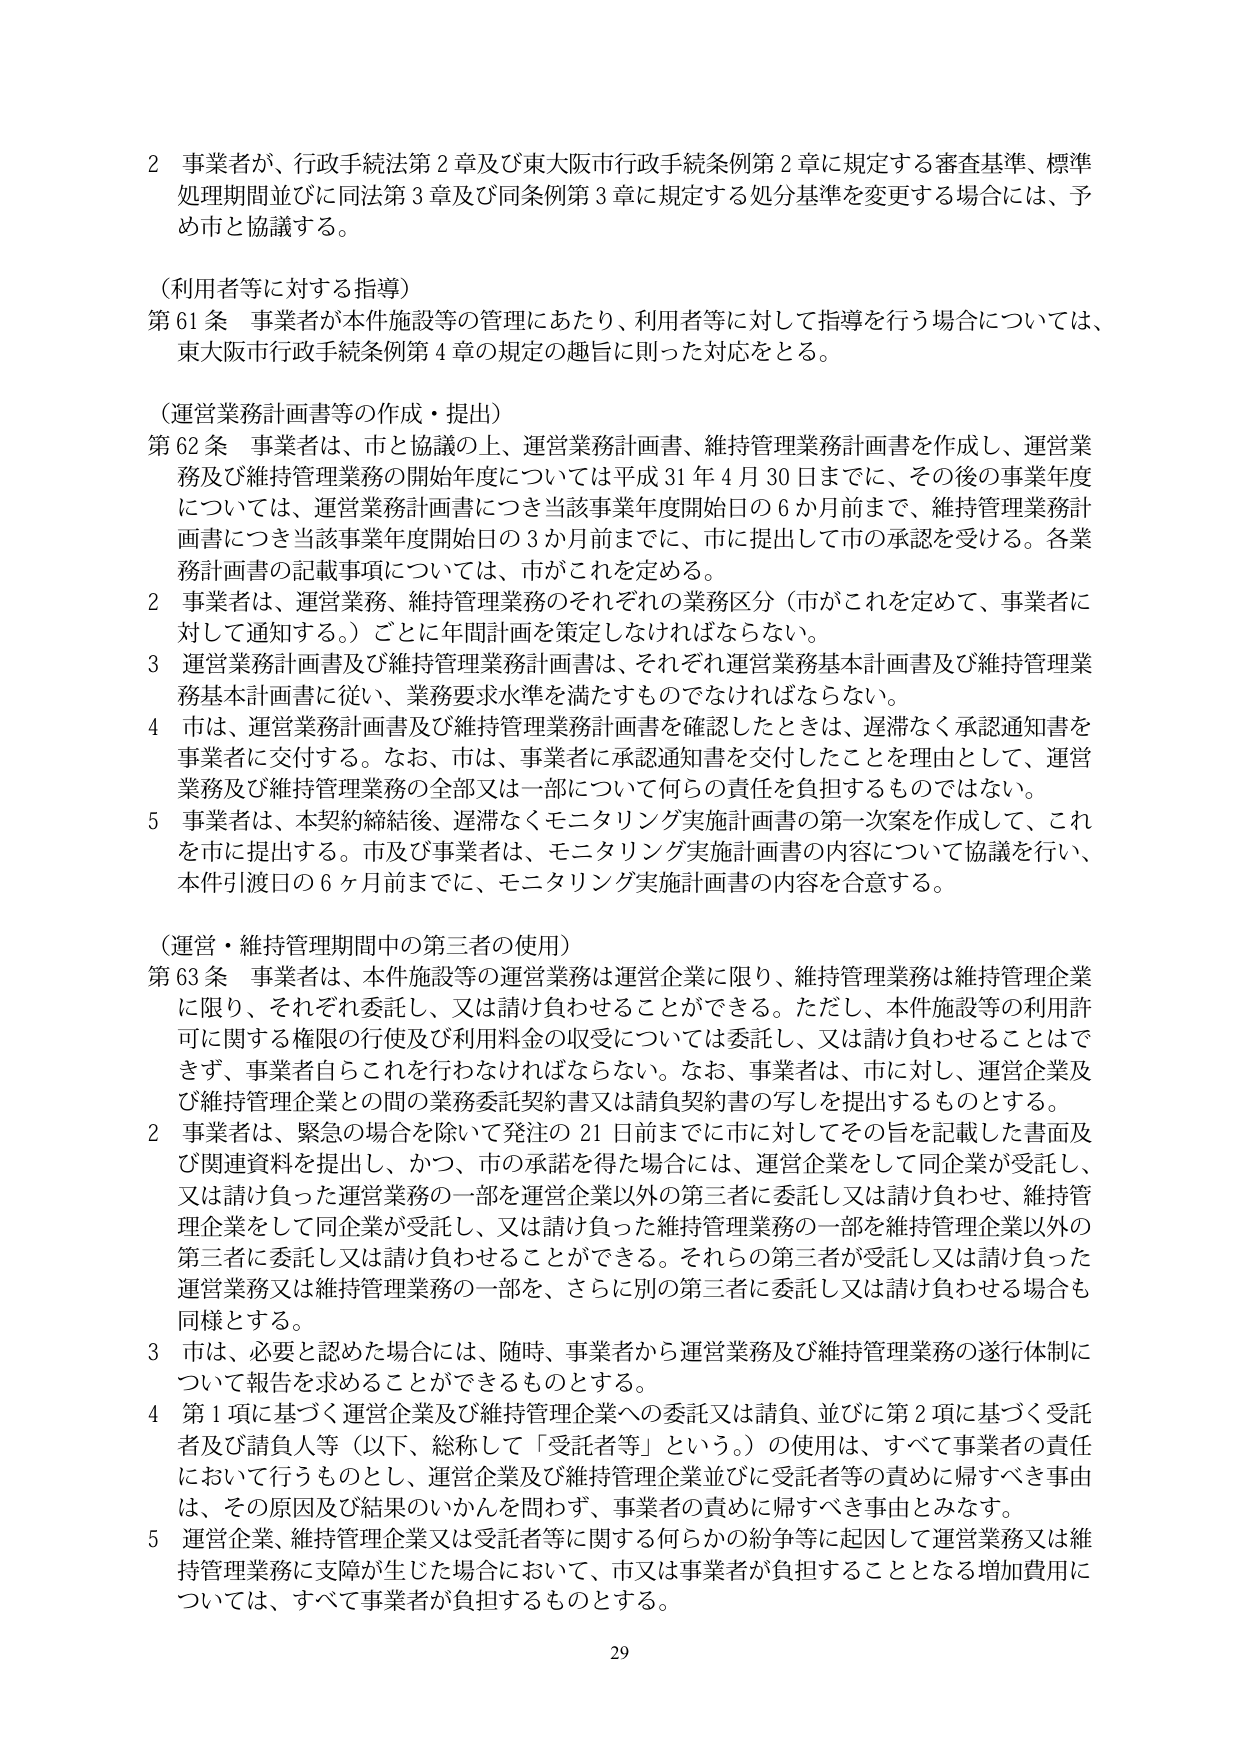
2 事業者が、行政手続法第2章及び東大阪市行政手続条例第2章に規定する審査基準、標準処理期間並びに同法第3章及び同条例第3章に規定する処分基準を変更する場合には、予め市と協議する。

（利用者等に対する指導）
第61条 事業者が本件施設等の管理にあたり、利用者等に対して指導を行う場合については、東大阪市行政手続条例第4章の規定の趣旨に則った対応をとる。

（運営業務計画書等の作成・提出）
第62条 事業者は、市と協議の上、運営業務計画書、維持管理業務計画書を作成し、運営業務及び維持管理業務の開始年度については平成31年4月30日までに、その後の事業年度については、運営業務計画書につき当該事業年度開始日の6か月前まで、維持管理業務計画書につき当該事業年度開始日の3か月前までに、市に提出して市の承認を受ける。各業務計画書の記載事項については、市がこれを定める。
2 事業者は、運営業務、維持管理業務のそれぞれの業務区分（市がこれを定めて、事業者に対して通知する。）ごとに年間計画を策定しなければならない。
3 運営業務計画書及び維持管理業務計画書は、それぞれ運営業務基本計画書及び維持管理業務基本計画書に従い、業務要求水準を満たすものでなければならない。
4 市は、運営業務計画書及び維持管理業務計画書を確認したときは、遅滞なく承認通知書を事業者に交付する。なお、市は、事業者に承認通知書を交付したことを理由として、運営業務及び維持管理業務の全部又は一部について何らの責任を負担するものではない。
5 事業者は、本契約締結後、遅滞なくモニタリング実施計画書の第一次案を作成して、これを市に提出する。市及び事業者は、モニタリング実施計画書の内容について協議を行い、本件引渡日の6ヶ月前までに、モニタリング実施計画書の内容を合意する。

（運営・維持管理期間中の第三者の使用）
第63条 事業者は、本件施設等の運営業務は運営企業に限り、維持管理業務は維持管理企業に限り、それぞれ委託し、又は請け負わせることができる。ただし、本件施設等の利用許可に関する権限の行使及び利用料金の収受については委託し、又は請け負わせることはできず、事業者自らこれを行わなければならない。なお、事業者は、市に対し、運営企業及び維持管理企業との間の業務委託契約書又は請負契約書の写しを提出するものとする。
2 事業者は、緊急の場合を除いて発注の21日前までに市に対してその旨を記載した書面及び関連資料を提出し、かつ、市の承諾を得た場合には、運営企業をして同企業が受託し、又は請け負った運営業務の一部を運営企業以外の第三者に委託し又は請け負わせ、維持管理企業をして同企業が受託し、又は請け負った維持管理業務の一部を維持管理企業以外の第三者に委託し又は請け負わせることができる。それらの第三者が受託し又は請け負った運営業務又は維持管理業務の一部を、さらに別の第三者に委託し又は請け負わせる場合も同様とする。
3 市は、必要と認めた場合には、随時、事業者から運営業務及び維持管理業務の遂行体制について報告を求めることができるものとする。
4 第1項に基づく運営企業及び維持管理企業への委託又は請負、並びに第2項に基づく受託者及び請負人等（以下、総称して「受託者等」という。）の使用は、すべて事業者の責任において行うものとし、運営企業及び維持管理企業並びに受託者等の責めに帰すべき事由は、その原因及び結果のいかんを問わず、事業者の責めに帰すべき事由とみなす。
5 運営企業、維持管理企業又は受託者等に関する何らかの紛争等に起因して運営業務又は維持管理業務に支障が生じた場合において、市又は事業者が負担することとなる増加費用については、すべて事業者が負担するものとする。

29